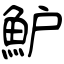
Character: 魲